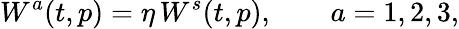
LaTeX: W^{a}(t,p)=\eta\, W^{s}(t,p),\qquad a=1,2,3,